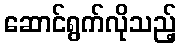
ဆောင်ရွက်လိုသည့်